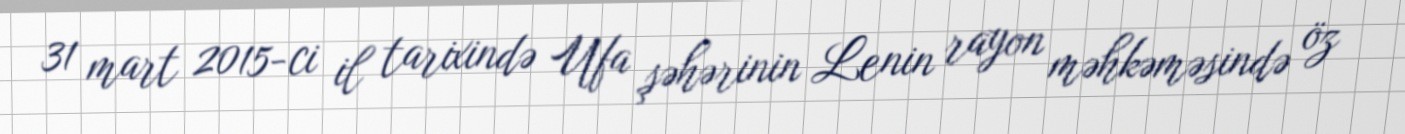
31 mart 2015-ci il tarixində Ufa şəhərinin Lenin rayon məhkəməsində öz